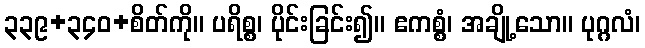
၃၃၉+၃၄၀+စိတ်ကို။ ပရိစ္စ၊ ပိုင်းခြင်း၍။ ဧကစ္စံ၊ အချို့သော။ ပုဂ္ဂလံ၊